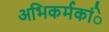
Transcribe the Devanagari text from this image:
अभिकर्मकांे